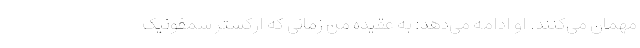
مهمان می‌کنند. او ادامه می‌دهد: به عقیده من زمانی که ارکستر سمفونیک